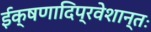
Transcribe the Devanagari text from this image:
ईक्षणादिप्रवेशान्तः